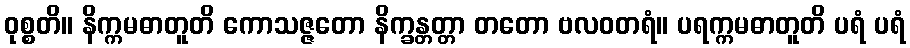
ဝုစ္စတိ။ နိက္ကမဓာတူတိ ကောသဇ္ဇတော နိက္ခန္တတ္တာ တတော ဗလဝတရံ။ ပရက္ကမဓာတူတိ ပရံ ပရံ